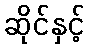
ဆိုင်နှင့်